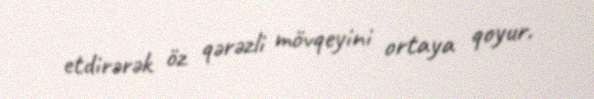
etdirərək öz qərəzli mövqeyini ortaya qoyur.